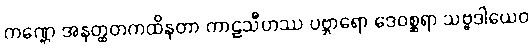
ကဏ္ဌေ အနတ္ထတကထိနတာ ကာဠသီဟဿ ပဗ္ဘာရော ဒေဝစ္ဆရာ သဗ္ဗဒါယေဝ